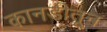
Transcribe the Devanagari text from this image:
कानडीतून